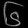
Digit: ၆